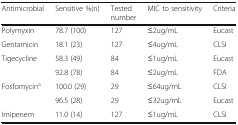
<table><thead><tr><td><b>Antimicrobial</b></td><td><b>Sensitive %(n)</b></td><td><b>Tested number</b></td><td><b>MIC to sensitivity</b></td><td><b>Criteria</b></td></tr></thead><tbody><tr><td>Polymyxin</td><td>78.7 (100)</td><td>127</td><td>≤2ug/mL</td><td>Eucast</td></tr><tr><td>Gentamicin</td><td>18.1 (23)</td><td>127</td><td>≤4ug/mL</td><td>CLSI</td></tr><tr><td>Tigecycline</td><td>58.3 (49)</td><td>84</td><td>≤1ug/mL</td><td>Eucast</td></tr><tr><td></td><td>92.8 (78)</td><td>84</td><td>≤2ug/mL</td><td>FDA</td></tr><tr><td>Fosfomycin<sup>a</sup></td><td>100.0 (29)</td><td>29</td><td>≤64ug/mL</td><td>CLSI</td></tr><tr><td></td><td>96.5 (28)</td><td>29</td><td>≤32ug/mL</td><td>Eucast</td></tr><tr><td>Imipenem</td><td>11.0 (14)</td><td>127</td><td>≤1ug/mL</td><td>CLSI</td></tr></tbody></table>